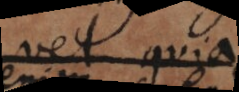
vel quia